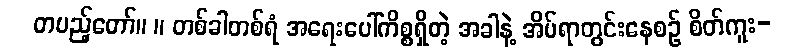
တပည့်တော်။ ။ တစ်ခါတစ်ရံ အရေးပေါ်ကိစ္စရှိတဲ့ အခါနဲ့ အိပ်ရာတွင်းနေစဉ် စိတ်ကူး-